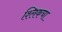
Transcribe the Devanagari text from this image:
श्लिकचा